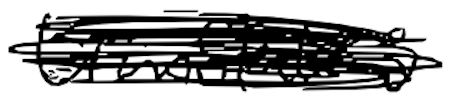
Text: translates
Cross-out: scratch
Writing tool: digital_black